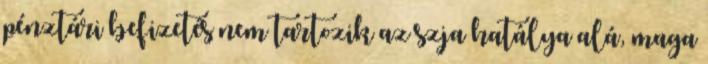
pénztári befizetés nem tartozik az szja hatálya alá, maga